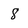
Character: 8